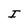
Character: I